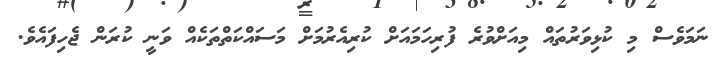
ނަމަވެސް މި ކުޅިވަރުތައް މިއަށްވުރެ ފުރިހަމައަށް ކުރިއެރުމަށް މަސައްކަތްތަކެއް ވަނީ ކުރަން ޖެހިފައެވެ.